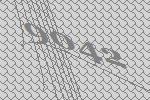
9042